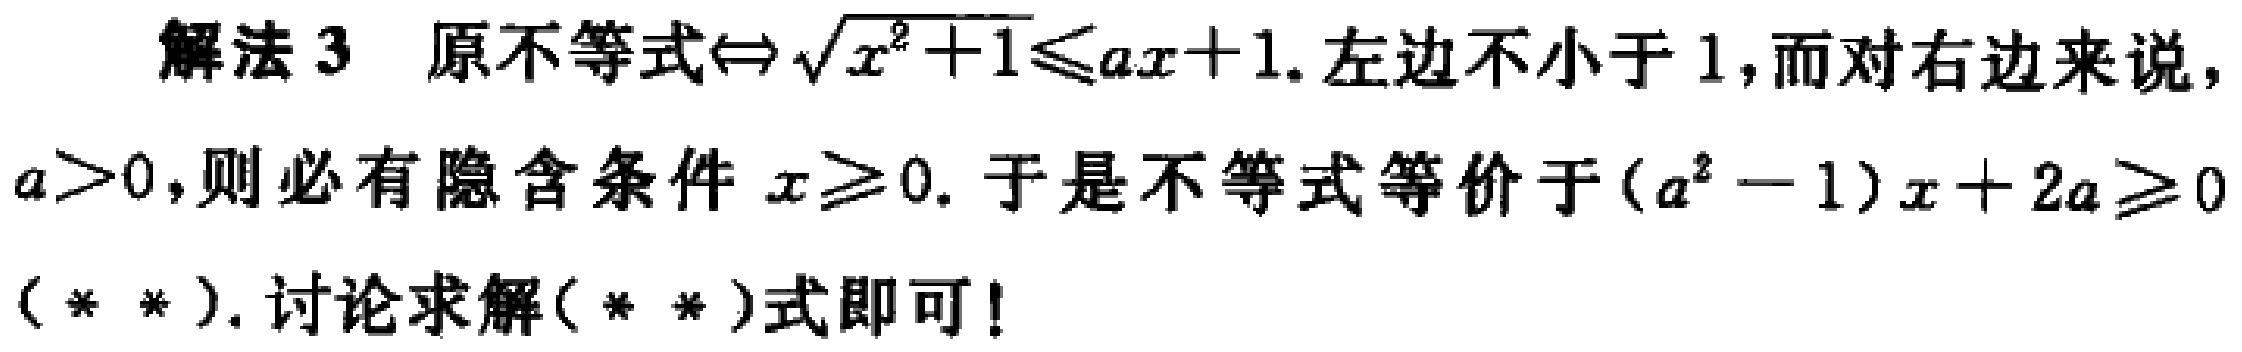
解法 3 原不等式$\Leftrightarrow \sqrt{x^{2}+1}\leq ax + 1$.左边不小于 1,而对右边来说，$a>0$,则必有隐含条件$x\geq 0$. 于是不等式等价于$(a^{2}-1)x + 2a\geq 0$（**）. 讨论求解（**）式即可！